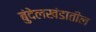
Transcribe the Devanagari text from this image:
बुंदेलखंडातील